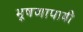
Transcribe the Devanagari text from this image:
भूषणापायी